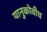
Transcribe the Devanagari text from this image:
यानुकोवीच